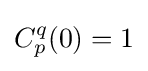
C_{p}^{q}(0)=1